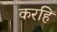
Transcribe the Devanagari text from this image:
करहिं